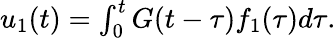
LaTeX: \begin{array}{r}{u_{1}(t)=\int_{0}^{t}G(t-\tau)f_{1}(\tau)d\tau.}\end{array}